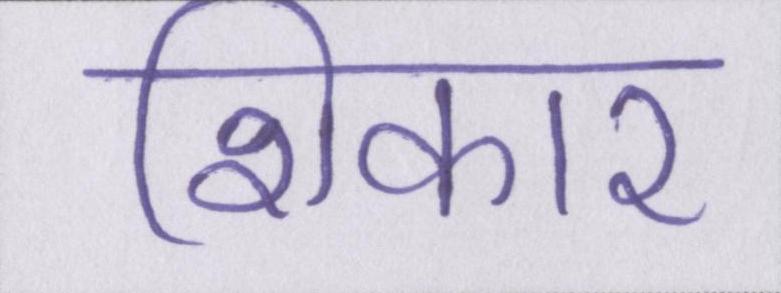
शिकार